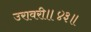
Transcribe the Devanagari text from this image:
उरावरी॥४३॥